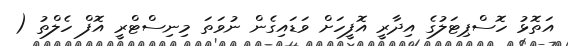
އަތޮޅު ހޮސްޕިޓަލުގެ އިދާރީ އޮފީހަށް ވަޑައިގެން ނުވަތަ މިނިސްޓްރީ އޮފް ހެލްތު (